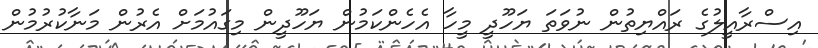
އިސްރާއީލުގެ ރައްޔިތުން ނުވަތަ ޔަހޫދީ މީހާ އެހެންކަމުން ޔަހޫދީން މިގައުމަށް އެރުން މަނާކުރުމުން